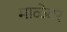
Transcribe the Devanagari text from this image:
माळेवर